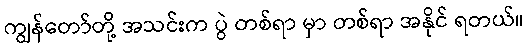
ကျွန်တော်တို့ အသင်းက ပွဲ တစ်ရာ မှာ တစ်ရာ အနိုင် ရတယ်။